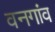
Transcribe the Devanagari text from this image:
वनगांव